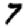
Digit: 7